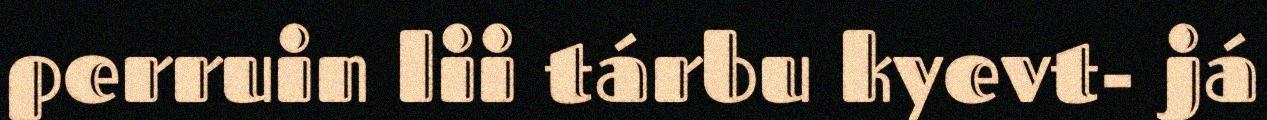
perruin lii tárbu kyevt- já